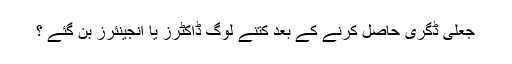
جعلی ڈگری حاصل کرنے کے بعد کتنے لوگ ڈاکٹرز یا انجینئرز بن گئے ؟